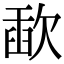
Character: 歃